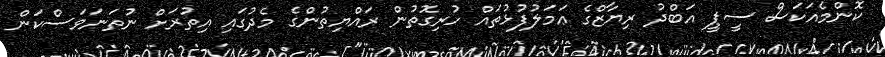
ކޮންމެއަކަސް ސީޕީ އަބްދު ރިޔާޒްގެ ޢަމަލުފުޅުތައް ހުރިގޮތުން ރައްޔިތުންގެ މެދުގައި އިތުރަށް ނުތަނަވަސްކަން